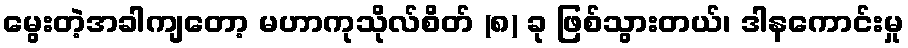
မွေးတဲ့အခါကျတော့ မဟာကုသိုလ်စိတ် (၈) ခု ဖြစ်သွားတယ်၊ ဒါနကောင်းမှု